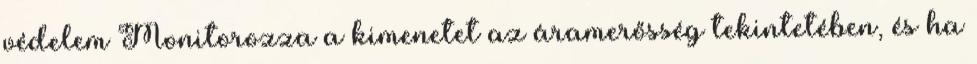
védelem Monitorozza a kimenetet az áramerősség tekintetében, és ha